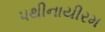
પથીનાયીરમ